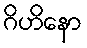
ဂိဟိနော